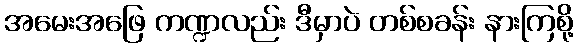
အမေးအဖြေ ကဏ္ဍလည်း ဒီမှာပဲ တစ်စခန်း နားကြစို့